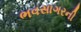
ભવસાગરની